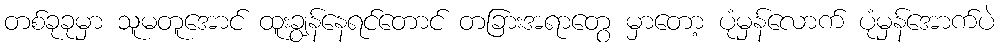
တစ်ခုခုမှာ သူမတူအောင် ထူးချွန်နေရင်တောင် တခြားအရာတွေ မှာတော့ ပုံမှန်လောက် ပုံမှန်အောက်ပဲ